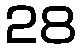
28